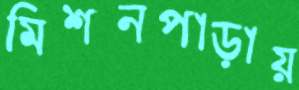
মিশনপাড়ায়